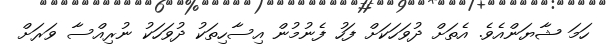
ހަމަ ޝާޔަންއެވެ. އެތަށް ދުވަހަކަށް ފަހު ފެނުމުން އިސާހިތަކު ދުވަހަކު ނުރިއްސާ ވަރަށް